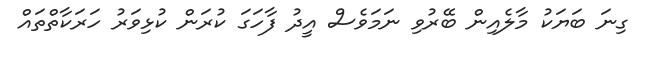
ގިނަ ބަޔަކު މާލެއިން ބޭރުވި ނަމަވެސް އީދު ފާހަގަ ކުރަން ކުޅިވަރު ހަރަކާތްތައް